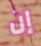
إن